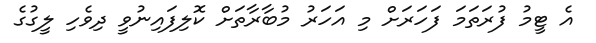
އެ ޓީމު ފުރަތަމަ ފަހަރަށް މި އަހަރު މުބާރާތަށް ކޮލިފައިނުވީ ދިވެހި ލީގުގެ